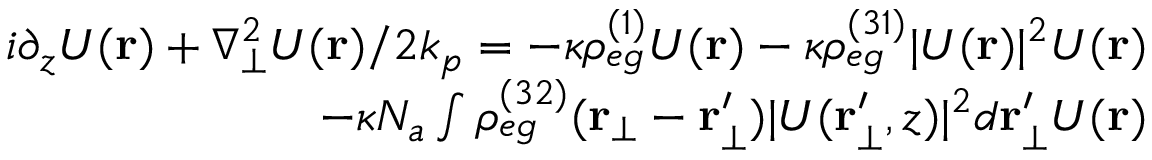
\begin{array} { r } { i { \partial _ { z } U ( \mathbf { r } ) } + { \nabla _ { \bot } ^ { 2 } U ( \mathbf { r } ) } / { 2 k _ { p } } = - \kappa \rho _ { e g } ^ { ( 1 ) } U ( \mathbf { r } ) - \kappa \rho _ { e g } ^ { ( 3 1 ) } | U ( \mathbf { r } ) | ^ { 2 } U ( \mathbf { r } ) } \\ { - \kappa N _ { a } \int \rho _ { e g } ^ { ( 3 2 ) } ( \mathbf { r _ { \bot } } - \mathbf { r _ { \bot } ^ { \prime } } ) | U ( \mathbf { r _ { \bot } ^ { \prime } } , z ) | ^ { 2 } d \mathbf { r } _ { \bot } ^ { \prime } U ( \mathbf { r } ) } \end{array}